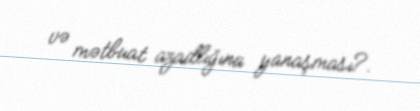
və mətbuat azadlığına yanaşması?.